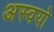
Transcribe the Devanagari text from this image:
अस्वयो